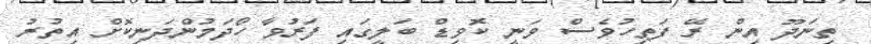
ތިނަދޫ އިން ރޭ ފަތިހުވެސް ވަނީ ކޮވިޑް ބަލީގައި ފަރުވާ ހޯދަމުންދަނިކޮށް އިތުރު